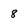
Character: 8